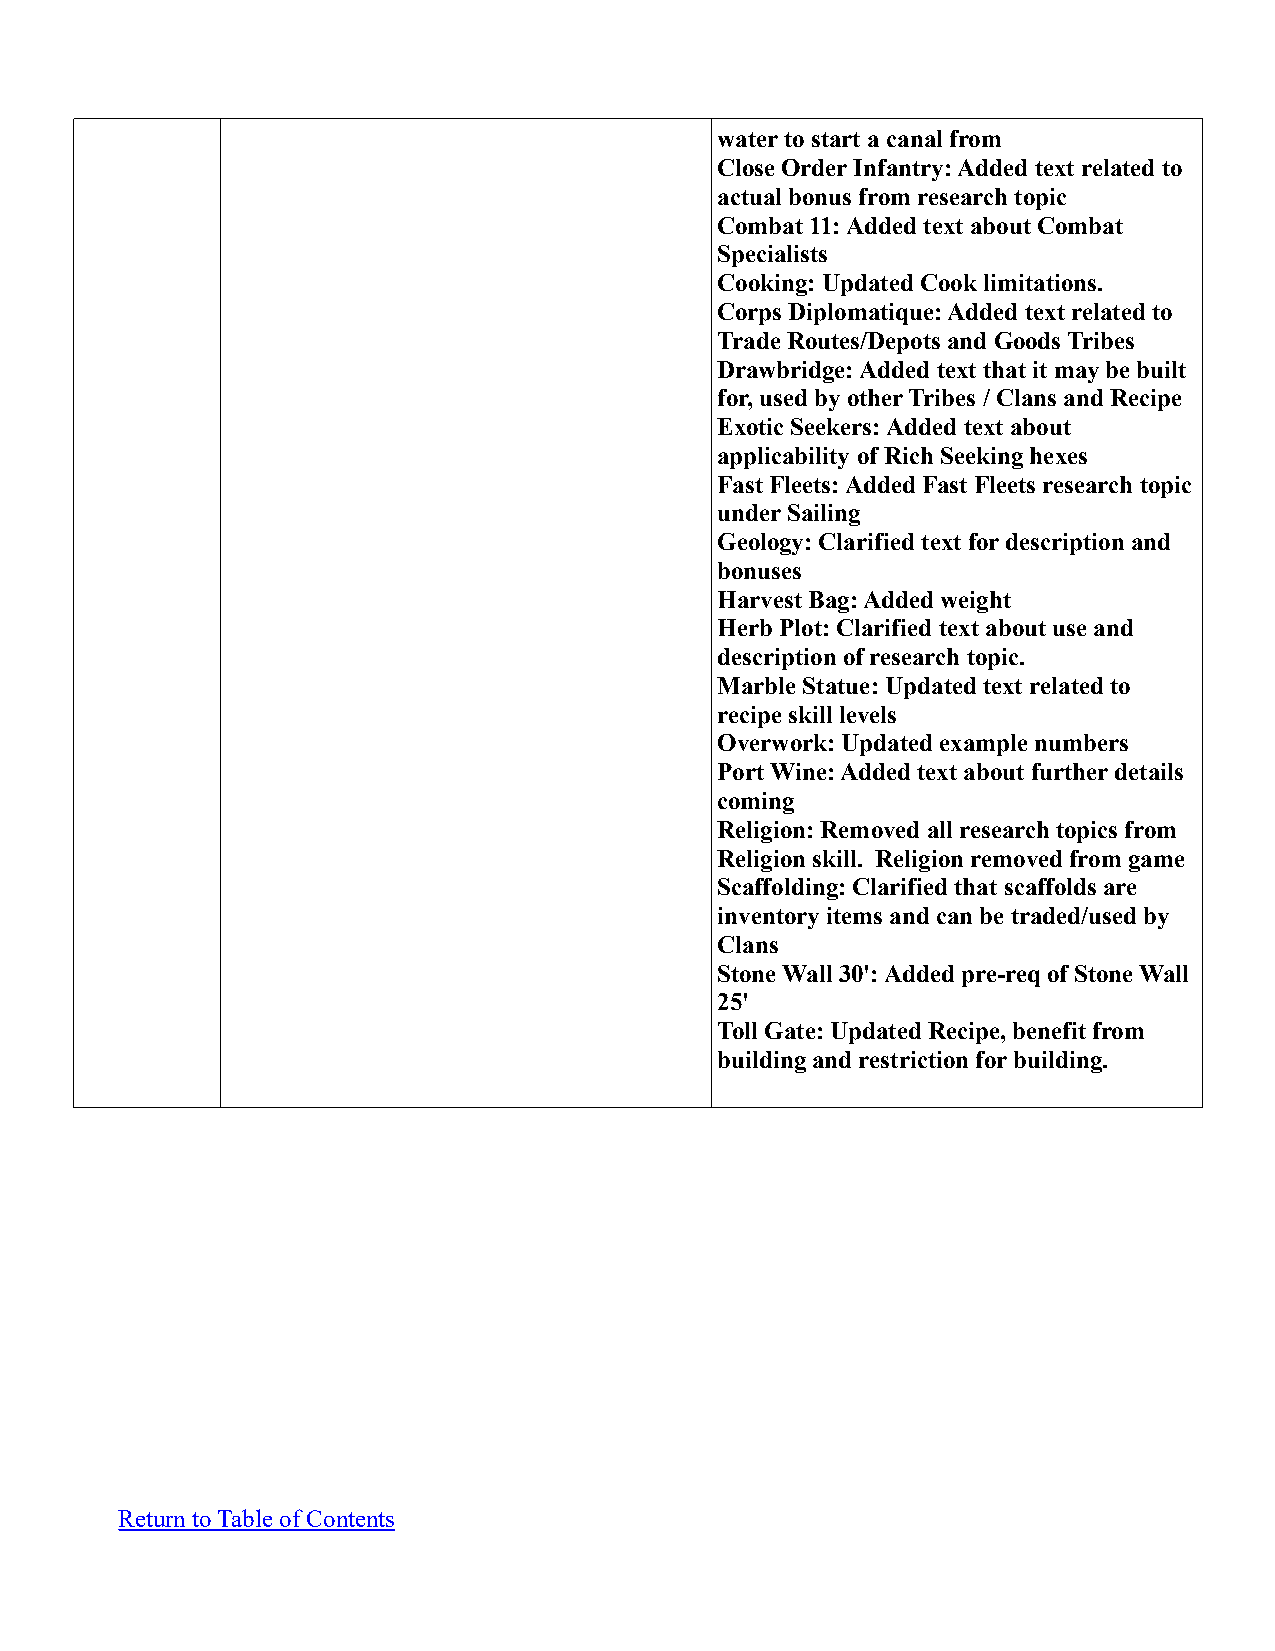
water to start a canal from
 Close Order Infantry: Added text related to
 actual bonus from research topic
 Combat 11: Added text about Combat
 Specialists
 Cooking: Updated Cook limitations.
 Corps Diplomatique: Added text related to
 Trade Routes/Depots and Goods Tribes
 Drawbridge: Added text that it may be built
 for, used by other Tribes / Clans and Recipe
 Exotic Seekers: Added text about
 applicability of Rich Seeking hexes
 Fast Fleets: Added Fast Fleets research topic
 under Sailing
 Geology: Clarified text for description and
 bonuses
 Harvest Bag: Added weight
 Herb Plot: Clarified text about use and
 description of research topic.
 Marble Statue: Updated text related to
 recipe skill levels
 Overwork: Updated example numbers
 Port Wine: Added text about further details
 coming
 Religion: Removed all research topics from
 Religion skill. Religion removed from game
 Scaffolding: Clarified that scaffolds are
 inventory items and can be traded/used by
 Clans
 Stone Wall 30': Added pre-req of Stone Wall
 25'
 Toll Gate: Updated Recipe, benefit from
 building and restriction for building.
 Return to Table of Contents